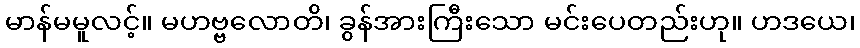
မာန်မမူလင့်။ မဟဗ္ဗလောတိ၊ ခွန်အားကြီးသော မင်းပေတည်းဟု။ ဟဒယေ၊